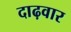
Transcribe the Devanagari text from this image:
दाढ़वार